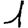
Digit: 1